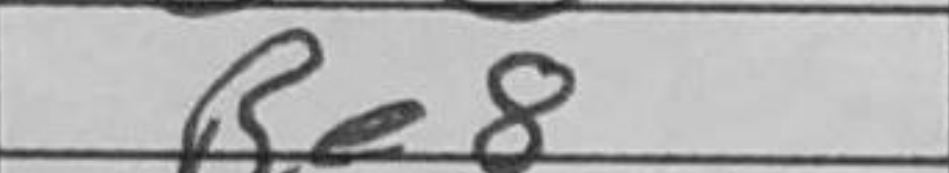
Transcription: Re8